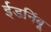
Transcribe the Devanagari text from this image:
ईडनिंबू